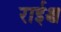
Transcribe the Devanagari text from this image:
राईश्च